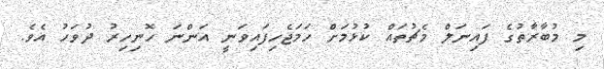
މި މުބާރާތުގެ ފައިނަލް މެޗުތައް ކުޅުމަށް ހަމަޖެހިފައިވަނީ އަންނަ ހޮނިހިރު ދުވަހު އެވެ.